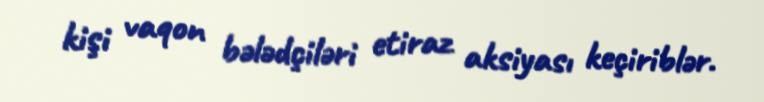
kişi vaqon bələdçiləri etiraz aksiyası keçiriblər.